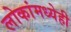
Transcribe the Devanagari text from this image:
लोकांमध्येही